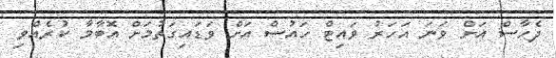
ދެހާސް އަށް ވަނަ އަހަރު ވައިޓް ހައުސް އަށް ވަޑައިގަތުމަށް އޮބާމާ ކުރެއްވި